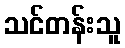
သင်တန်းသူ